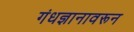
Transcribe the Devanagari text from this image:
गंधज्ञानावरून